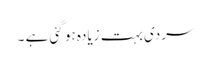
سردی بہت زیادہ ہو گئی ہے ۔